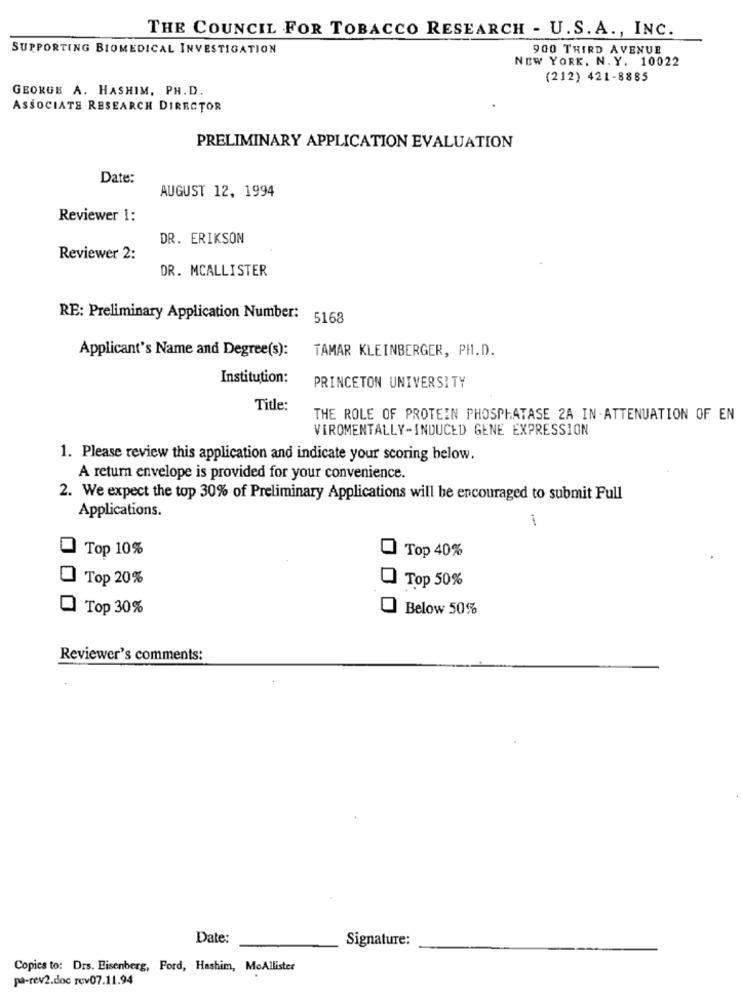
THE COUNCIL FOR TOBACCO RESEARCH - U.S. A ., INC.
SUPPORTING BIOMEDICAL INVESTIGATION
900 THIRD AVENUE
NEW YORK, N. Y. 10022
(212) 421-8885
GEORGE A. HASHIM, PH. D.
ASSOCIATE RESEARCH DIRECTOR
PRELIMINARY APPLICATION EVALUATION
Date:
AUGUST 12, 1994
Reviewer 1:
DR. ERIKSON
Reviewer 2:
DR. MCALLISTER
RE: Preliminary Application Number:
5168
TAMAR KLEINBERGER, PH.D.
Applicant's Name and Degree(s):
Institution:
PRINCETON UNIVERSITY
Title:
THE ROLE OF PROTEIN PHOSPHATASE 2A IN-ATTENUATION OF EN
VIROMENTALLY-INDUCED GENE EXPRESSION
1. Please review this application and indicate your scoring below.
A retum envelope is provided for your convenience.
2. We expect the top 30% of Preliminary Applications will be encouraged to submit Full
Applications.
Top 10%
Top 40%
Top 20%
Top 50%
Top 30%
Below 50%
Reviewer's comments:
Date:
Signature:
Copics to: Drs. Eisenberg, Ford, Hashim, McAllister
pa-rev2.doc rov07.11.94